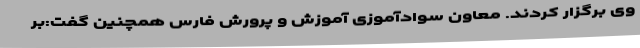
وی برگزار کردند. معاون سوادآموزی آموزش و پرورش فارس همچنین گفت:بر